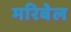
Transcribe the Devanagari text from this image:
मरिबेल